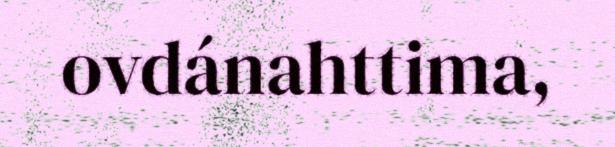
ovdánahttima,